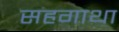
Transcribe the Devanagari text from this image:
सहगाथा